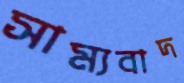
সাম্যবাদ